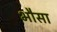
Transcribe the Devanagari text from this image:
भौसा